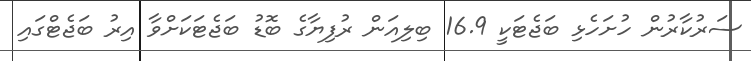
ސަރުކާރުން ހުށަހެޅި ބަޖެޓަކީ 16.9 ބިލިއަން ރުފިޔާގެ ބޮޑު ބަޖެޓަކަށްވާ އިރު ބަޖެޓްގައި